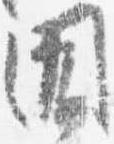
聞